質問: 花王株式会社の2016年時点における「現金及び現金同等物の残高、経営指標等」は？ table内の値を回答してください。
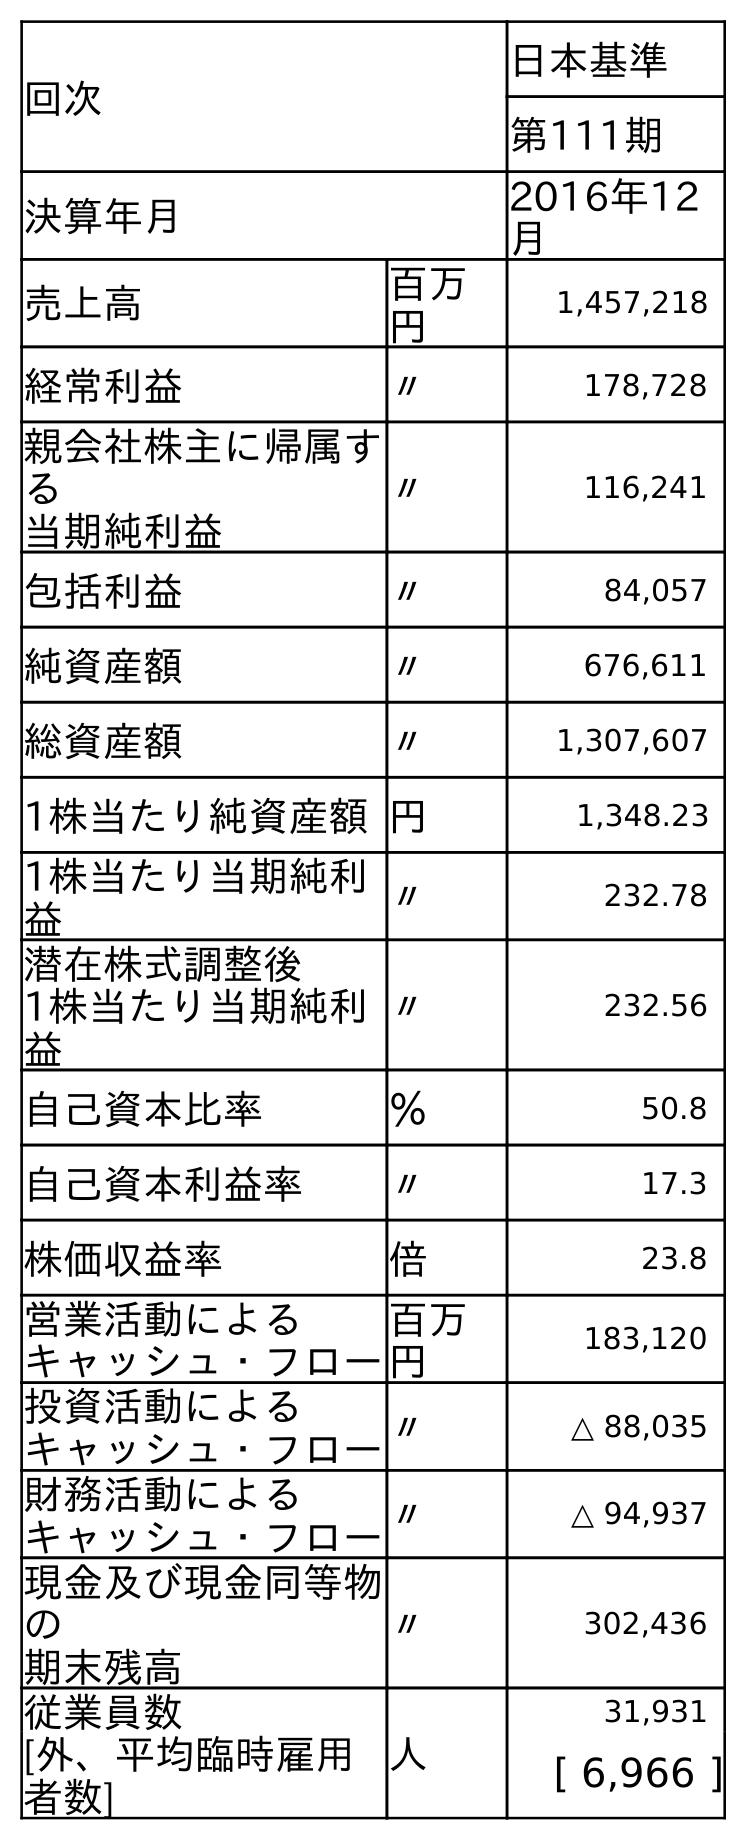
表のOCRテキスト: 回次 日本基準 第111期 決算年月 2016年12 月 売上高 百万 円 1,457,218 経常利益 〃 178,728 親会社株主に帰属す る 当期純利益 〃 116,241 包括利益 〃 84,057 純資産額 〃 676,611 総資産額 〃 1,307,607 1株当たり純資産額円 1,348.23 1株当たり当期純利 益 〃 232.78 潜在株式調整後 1株当たり当期純利 益 〃 232.56 自己資本比率 ％ 50.8 自己資本利益率 〃 17.3 株価収益率 倍 23.8 営業活動による キャッシュ・フロー 百万 円 183,120 投資活動による キャッシュ・フロー〃 △ 88,035 財務活動による キャッシュ・フロー〃 △ 94,937 現金及び現金同等物 の 期末残高 〃 302,436 従業員数 人 31,931 [外、平均臨時雇用 者数] [ 6,966 ]
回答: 302,436